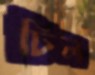
ঢিল